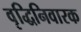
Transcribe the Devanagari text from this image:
वृद्धिनिवारक